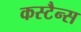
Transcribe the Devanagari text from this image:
कस्टैन्स